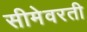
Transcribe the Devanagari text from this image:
सीमेवरती